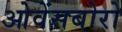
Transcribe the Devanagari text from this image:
ओवेंसबोरो